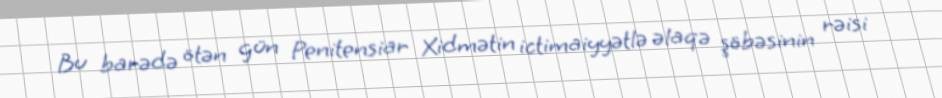
Bu barədə ötən gün Penitensiar Xidmətin ictimaiyyətlə əlaqə şöbəsinin rəisi